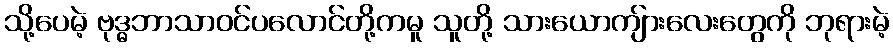
သို့ပေမဲ့ ဗုဒ္ဓဘာသာဝင်ပလောင်တို့ကမူ သူတို့ သားယောကျ်ားလေးတွေကို ဘုရားမဲ့